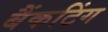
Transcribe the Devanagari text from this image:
बैंकटिंग